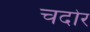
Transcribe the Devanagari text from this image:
चदोर